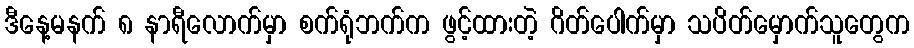
ဒီနေ့မနက် ၈ နာရီလောက်မှာ စက်ရုံဘက်က ဖွင့်ထားတဲ့ ဂိတ်ပေါက်မှာ သပိတ်မှောက်သူတွေက